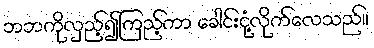
ဘဘကိုလှည့်၍ကြည့်ကာ ခေါင်းငုံ့လိုက်လေသည်။